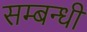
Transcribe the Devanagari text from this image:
सम्‍बन्‍धी